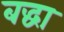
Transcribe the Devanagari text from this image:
बद्धा